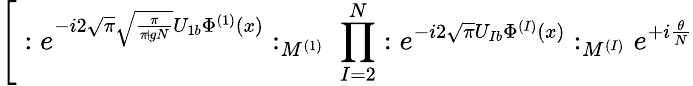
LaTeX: \Bigg[:e^{-i2\sqrt{\pi}\sqrt{\frac{\pi}{\pi\! +\! gN}}U_{1b}\Phi^{(1)}(x)}:_{M^{(1)}}\; \prod_{I=2}^{N}:e^{-i2\sqrt{\pi}U_{Ib}\Phi^{(I)}(x)}:_{M^{(I)}}e^{+i\frac{\theta}{N}}